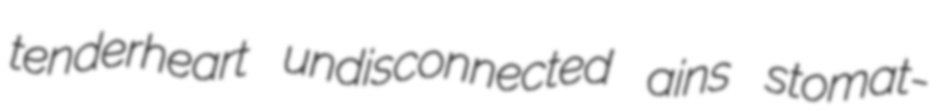
tenderheart undisconnected ains stomat-